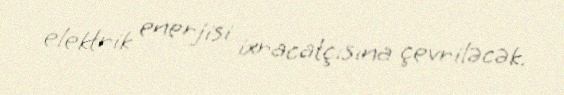
elektrik enerjisi ixracatçısına çevriləcək.